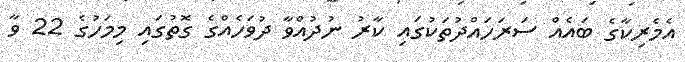
އެމެރިކާގެ ބައެއް ސަރަހައްދުތަކުގައި ކާރު ނުދުއްވާ ދުވަހެއްގެ ގޮތުގައި މިމަހުގެ 22 ވާ